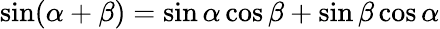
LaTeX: \sin(\alpha+\beta)=\sin\alpha\cos\beta+\sin\beta\cos\alpha